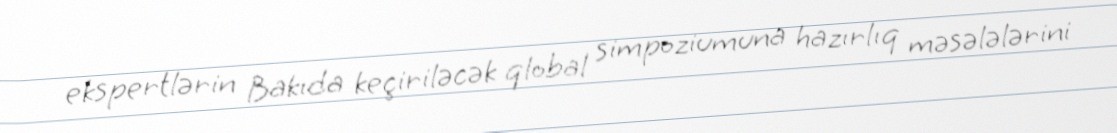
ekspertlərin Bakıda keçiriləcək qlobal simpoziumuna hazırlıq məsələlərini